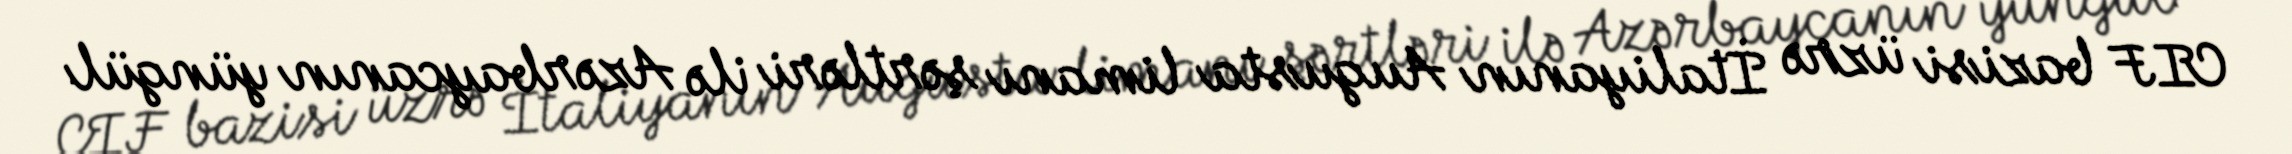
CIF bazisi üzrə İtaliyanın Augusta limanı şərtləri ilə Azərbaycanın yüngül